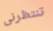
تنتظرنى